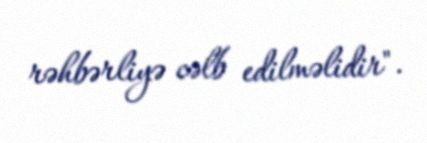
rəhbərliyə cəlb edilməlidir".